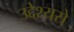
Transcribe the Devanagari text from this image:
उद्देश्यसे